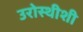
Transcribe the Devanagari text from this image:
उरोस्थीशी